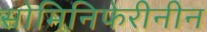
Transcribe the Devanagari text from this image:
सोमिनिफेरीनीन